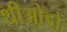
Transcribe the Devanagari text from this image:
थीओडो